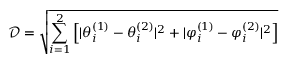
\mathcal { D } = \sqrt { \sum _ { i = 1 } ^ { 2 } \left[ | \theta _ { i } ^ { ( 1 ) } - \theta _ { i } ^ { ( 2 ) } | ^ { 2 } + | \varphi _ { i } ^ { ( 1 ) } - \varphi _ { i } ^ { ( 2 ) } | ^ { 2 } \right] }